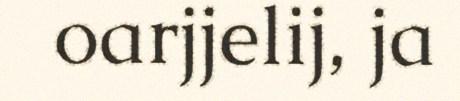
oarjjelij, ja